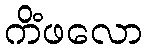
ကိံဖလော